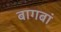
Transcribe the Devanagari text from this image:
बागबां